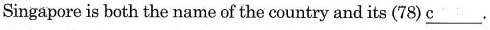
Singapore is both the name of the country and its (78) \underline{c}.